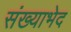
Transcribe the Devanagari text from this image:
संख्याभेद